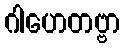
ဂါဟေတဗ္ဗာ